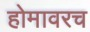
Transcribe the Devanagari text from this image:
होमावरच